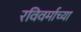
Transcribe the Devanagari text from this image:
रविवर्माच्या